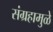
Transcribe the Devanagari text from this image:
संग्रहामुळे